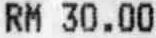
RM 30.00